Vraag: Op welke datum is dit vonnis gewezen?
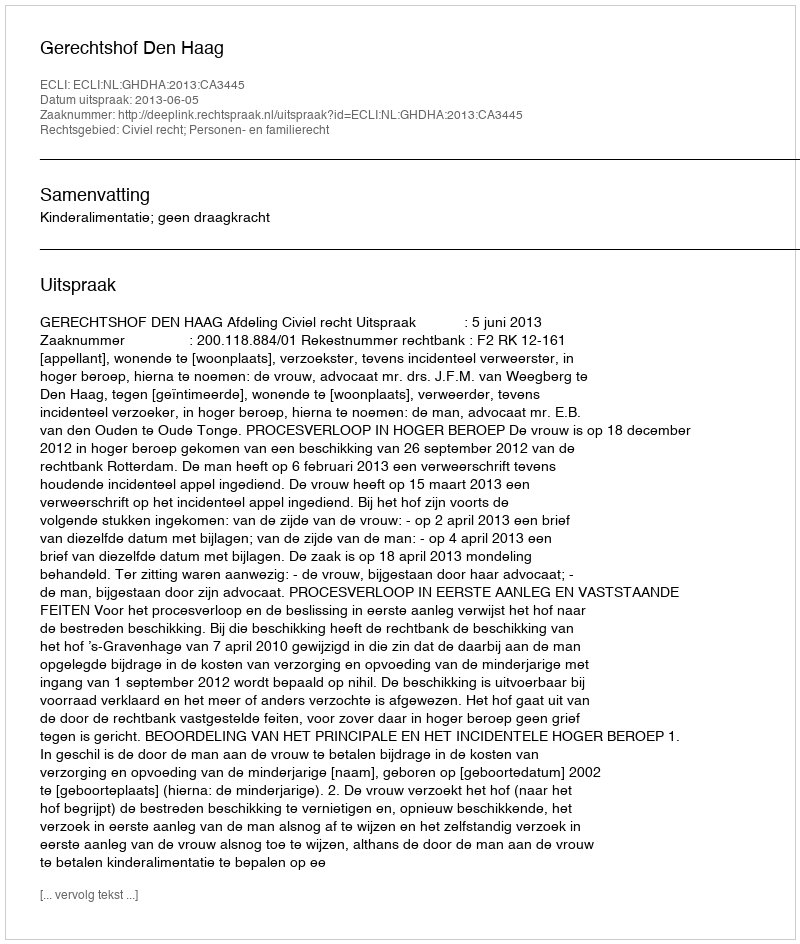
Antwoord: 2013-06-05